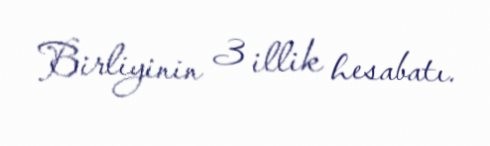
Birliyinin 3 illik hesabatı.